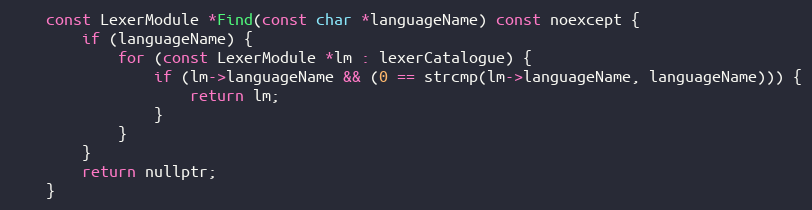
Language: C
	const LexerModule *Find(const char *languageName) const noexcept {
		if (languageName) {
			for (const LexerModule *lm : lexerCatalogue) {
				if (lm->languageName && (0 == strcmp(lm->languageName, languageName))) {
					return lm;
				}
			}
		}
		return nullptr;
	}